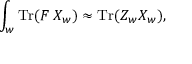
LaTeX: \int _ { w } \mathrm { T r } ( F \, X _ { w } ) \approx \mathrm { T r } ( Z _ { w } X _ { w } ) ,